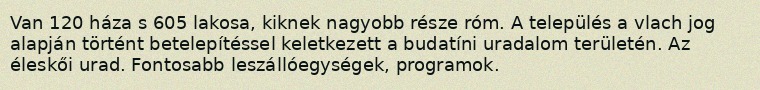
Van 120 háza s 605 lakosa, kiknek nagyobb része róm. A település a vlach jog alapján történt betelepítéssel keletkezett a budatíni uradalom területén. Az éleskői urad. Fontosabb leszállóegységek, programok.